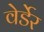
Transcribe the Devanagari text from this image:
वेर्डेर